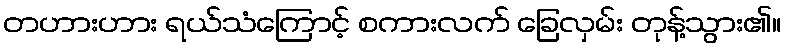
တဟားဟား ရယ်သံကြောင့် စကားလက် ခြေလှမ်း တုန့်သွား၏။